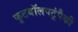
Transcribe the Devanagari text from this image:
फुटबॉलपटूंपैकी